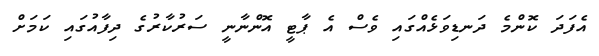
އެފަދަ ކޮންމެ ދަނޑިވަޅެއްގައި ވެސް އެ ޕާޓީ އޮންނާނީ ސަރުކާރުގެ ދިފާއުގައި ކަމަށް